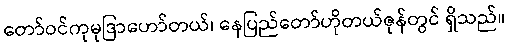
တော်ဝင်ကုမုဒြာဟော်တယ်၊ နေပြည်တော်ဟိုတယ်ဇုန်တွင် ရှိသည်။